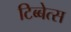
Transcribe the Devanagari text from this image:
टिब्बेत्स